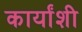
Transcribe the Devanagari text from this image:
कार्यांशी